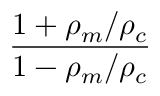
\frac { 1 + \rho _ { m } / \rho _ { c } } { 1 - \rho _ { m } / \rho _ { c } }